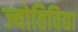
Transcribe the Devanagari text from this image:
ज्योतिविद्या